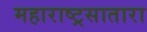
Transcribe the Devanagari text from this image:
महाराष्ट्रसातारा